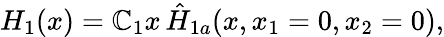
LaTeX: H_{1}(x)=\mathbb{C}_{1}x\, \hat{{H}}_{1a}(x,x_{1}=0,x_{2}=0),